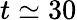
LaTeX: t\simeq 30